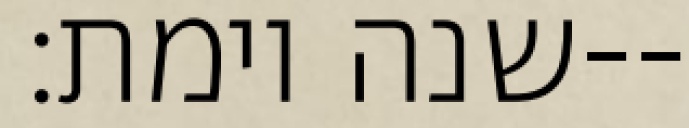
שנה וימת׃--